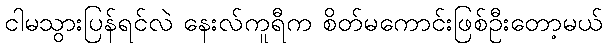
ငါမသွားပြန်ရင်လဲ နေးလ်ကူရီက စိတ်မကောင်းဖြစ်ဦးတော့မယ်